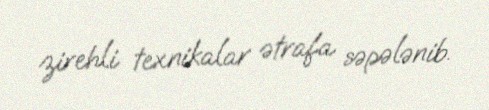
zirehli texnikalar ətrafa səpələnib.